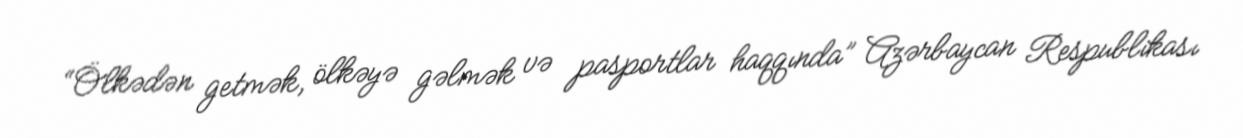
“Ölkədən getmək, ölkəyə gəlmək və pasportlar haqqında” Azərbaycan Respublikası